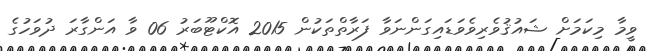
ވީމާ މިކަމަށް ޝައުޤުވެރިވެވަޑައިގަންނަވާ ފަރާތްތަކުން 2015 އޮކްޓޫބަރު 06 ވާ އަންގާރަ ދުވަހުގެ